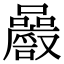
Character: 𡅝